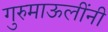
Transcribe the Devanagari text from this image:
गुरुमाऊलींनी